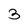
Character: 3